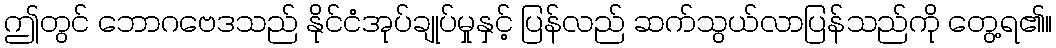
ဤတွင် ဘောဂဗေဒသည် နိုင်ငံအုပ်ချုပ်မှုနှင့် ပြန်လည် ဆက်သွယ်လာပြန်သည်ကို တွေ့ရ၏။